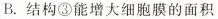
B. 结构③能增大细胞膜的面积